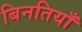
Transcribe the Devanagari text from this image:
बिनतियाँ